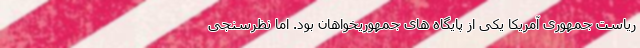
ریاست جمهوری آمریکا یکی از پایگاه های جمهوریخواهان بود. اما نظرسنجی